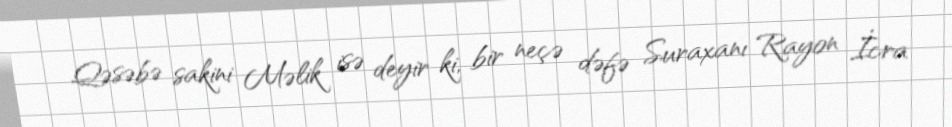
Qəsəbə sakini Məlik isə deyir ki, bir neçə dəfə Suraxanı Rayon İcra